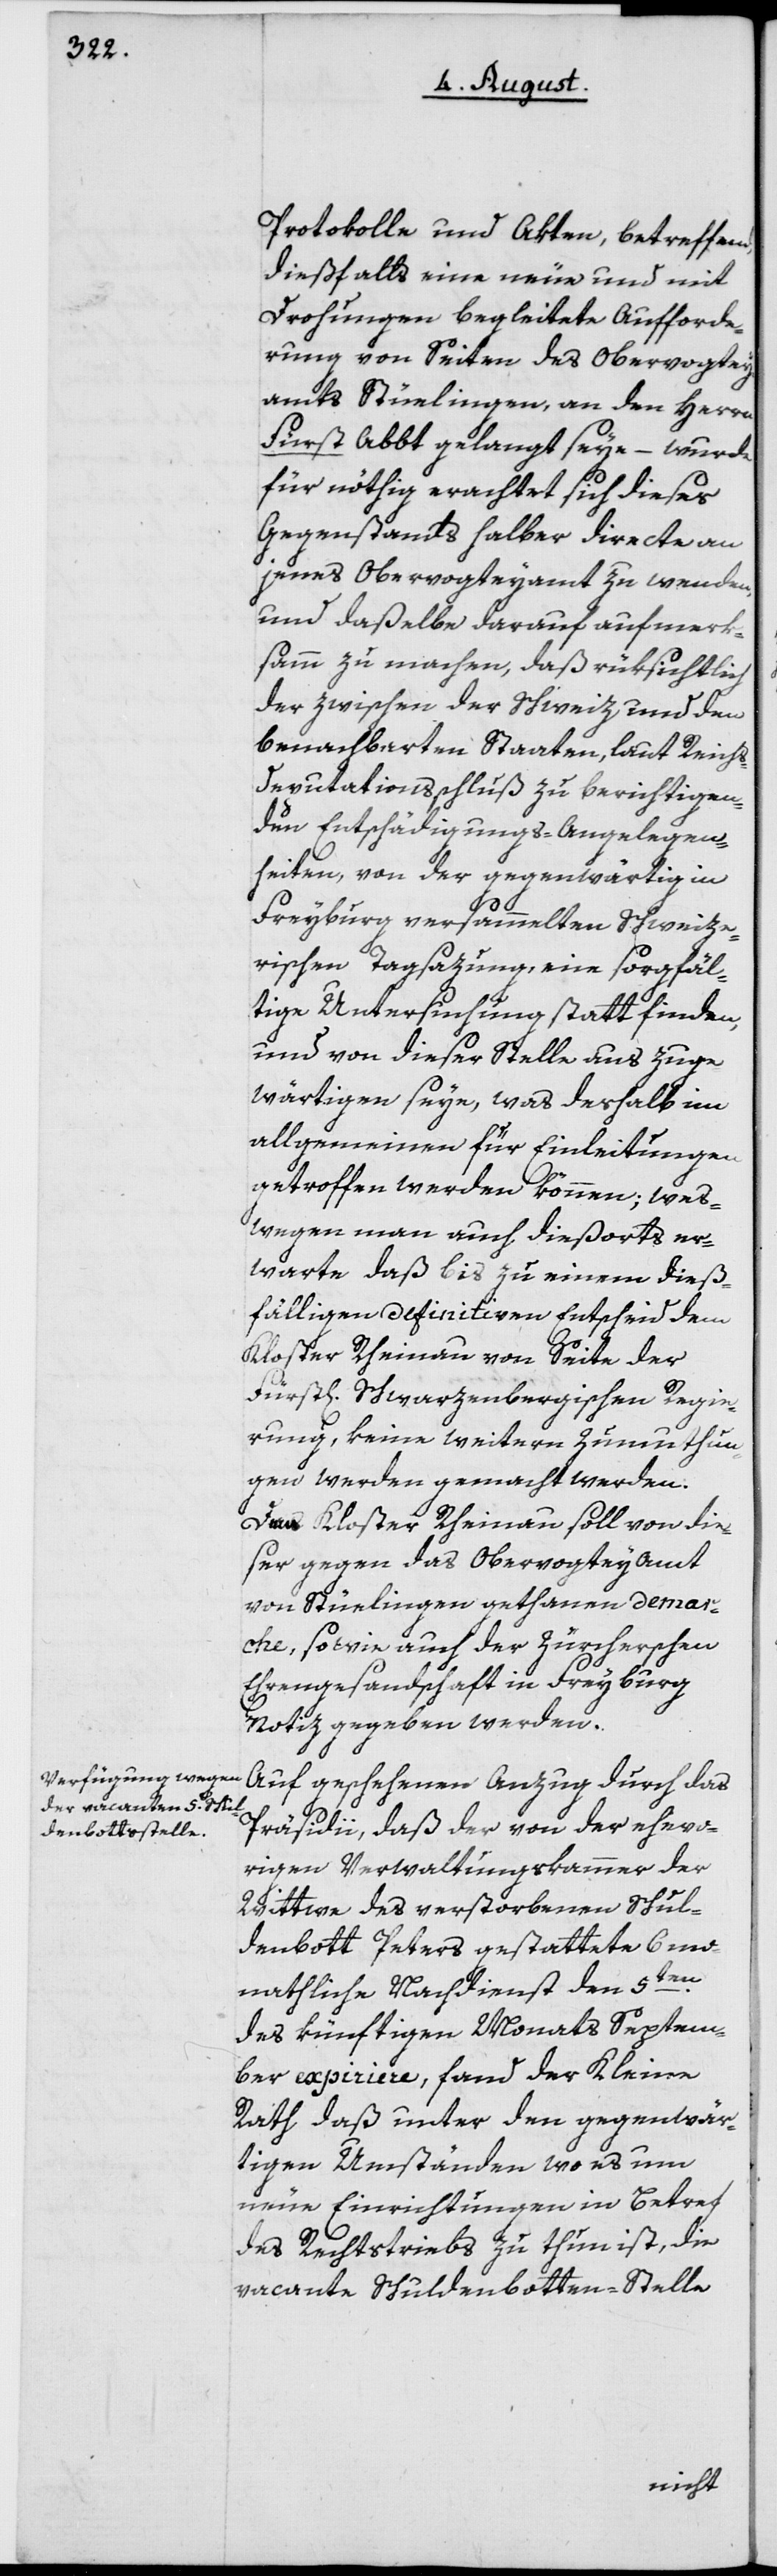
Protokolle und Akten, betreffend,
dießfalls eine neue und mit
Drohungen begleitete Aufforde¬
rung von Seiten des Obervogtey¬
amts Stüelingen, an den Herrn
Fürst Abbt gelangt seye – wurde
für nöthig erachtet, sich dieses
Gegenstands halber directe an
jenes Obervogteyamt zu wenden,
und daßelbe darauf aufmerk¬
sam zu machen, daß rüksichtlich
der zwischen der Schweiz und den
benachbarten Staaten, laut Reich¬
s-Deputationsschluß zu berichtigen¬
den Entschädigungs-Angelegen¬
heiten, von der gegenwärtig in
Freyburg versammelten Schweize¬
rischen Tagsazung, eine sorgfäl¬
tige Untersuchung stattfinden,
und von dieser Stelle aus zu ge¬
wärtigen seye, was deshalb im
allgemeinen für Einleitungen
getroffen werden können; wes¬
wegen man auch dießorts er¬
warte daß bis zu einem dieß¬
fälligen definitiven Entscheid dem
Kloster Rheinau von Seite der
Fürstl[ich] Schwarzenbergischen Regie¬
rung, keine weitern Zumuthun¬
gen werden gemacht werden.
D[?em] Kloster Rheinau soll von die¬
ser gegen das Obervogteyamt
von Stüelingen gethanen demar¬
che, so wie auch der Zürcherschen
Ehrengesandschaft in Freyburg
Notiz gegeben werden.
Auf geschehenen Anzug durch das
Präsidii, daß der von der ehevo¬
rigen Verwaltungskammer der
Wittwe des verstorbenen Schul¬
denbott Peters gestattete 6 mo¬
nathliche Nachdienst den 5ten
des künftigen Monats Septem¬
ber expiriere, fand der Kleine
Rat daß unter den gegenwär¬
tigen Umständen wo es um
neue Einrichtungen in Betref
des Rechtstriebs zu thun ist, die
vacante Schuldenbotten-Stelle